Vaccine operations Central Provinces & Berar 1912-1920 - 1912-1920
Year: 1912
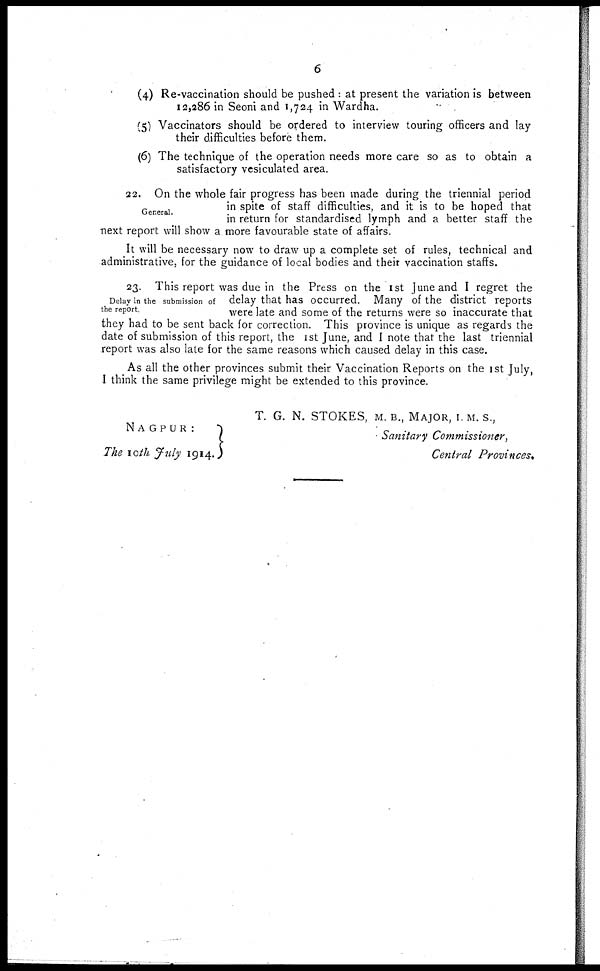
6
(4) Re-vaccination should be pushed : at present the variation is between
12,286 in Seoni and 1,724 in Wardha.
(5) Vaccinators should be ordered to interview touring officers and lay
their difficulties before them.
(6) The technique of the operation needs more care so as to obtain a
satisfactory vesiculated area.
General.
22. On the whole fair progress has been made during the triennial period
in spite of staff difficulties, and it is to be hoped that
in return for standardised lymph and a better staff the
next report will show a more favourable state of affairs.
It will be necessary now to draw up a complete set of rules, technical and
administrative, for the guidance of local bodies and their vaccination staffs.
Delay in the submission of
the report.
23. This report was due in the Press on the 1st June and I regret the
delay that has occurred. Many of the district reports
were late and some of the returns were so inaccurate that
they had to be sent back for correction. This province is unique as regards the
date of submission of this report, the 1st June, and I note that the last triennial
report was also late for the same reasons which caused delay in this case.
As all the other provinces submit their Vaccination Reports on the 1st July,
I think the same privilege might be extended to this province.
T. G. N. STOKES, M. B., MAJOR, I. M. S.,
Sanitary Commissioner,
Central Provinces.
NAGPUR:
The 10th July 1914.